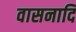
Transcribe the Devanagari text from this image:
वासनादि